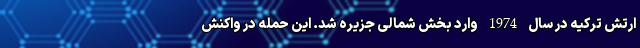
ارتش ترکیه در سال 1974 وارد بخش شمالی جزیره شد. این حمله در واکنش